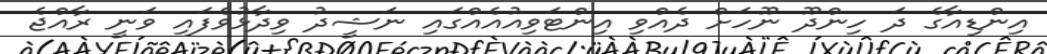
އިންޑިއާގެ ދަ ހިންދޫ ނޫހަށް ދެއްވި އިންޓަވިއުއެއްގައި ނަޝީދު ވިދާޅުވެފައި ވަނީ ރާއްޖެ